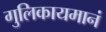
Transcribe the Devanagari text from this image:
गुलिकायमानं